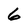
Character: 6